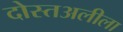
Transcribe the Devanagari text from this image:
दोस्तअलीला